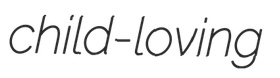
child-loving